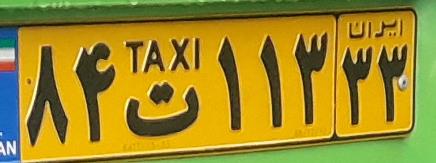
۸۴ت۱۱۳۳۳